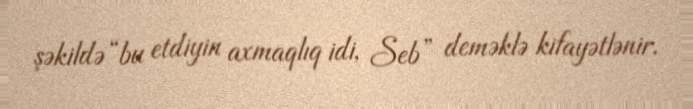
şəkildə “bu etdiyin axmaqlıq idi, Seb” deməklə kifayətlənir.